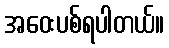
အဝေးပစ်ရပါတယ်။